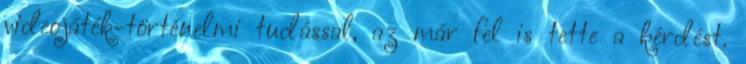
videojáték-történelmi tudással, az már fel is tette a kérdést.